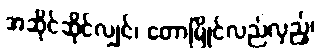
အဆိုင်ဆိုင်လျှင်၊ တောမြိုင်လည်လှည့်၊